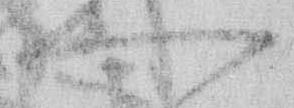
可